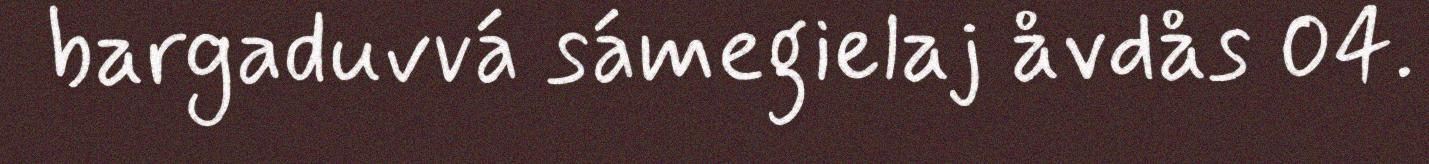
bargaduvvá sámegielaj åvdås 04.